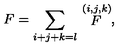
F = \sum _ { i + j + k = l } \stackrel { ( i , j , k ) } { F } ,